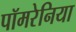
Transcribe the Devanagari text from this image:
पॉमरेनिया